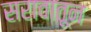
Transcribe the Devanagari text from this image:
सरावातून